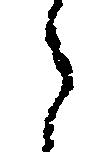
々